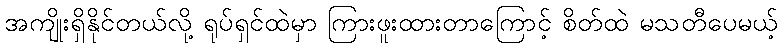
အကျိုးရှိနိုင်တယ်လို့ ရုပ်ရှင်ထဲမှာ ကြားဖူးထားတာကြောင့် စိတ်ထဲ မသတီပေမယ့်